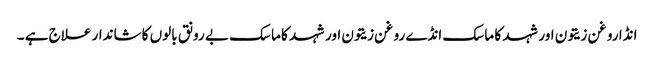
انڈا روغن زیتون اور شہد کا ماسک انڈے روغن زیتون اور شہد کا ماسک بے رونق بالوں کا شاندار علاج ہے ۔